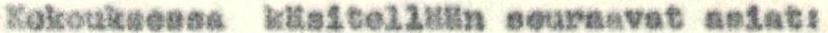
Kokouksessa käsitellään seuraavat asiat: